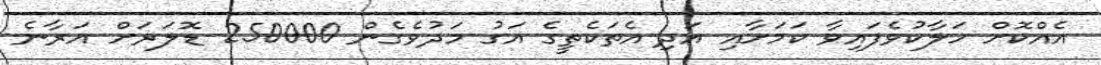
އެއްކޮށް ހަލާކުވެފައިވާ ކަމަށާއި އަދި އެތަކެތީގެ އަގު މަދުވެގެން 250000 ޑޮލަރަށް އަރާނެ